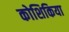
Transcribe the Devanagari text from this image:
कोशिकिया